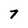
Character: 7